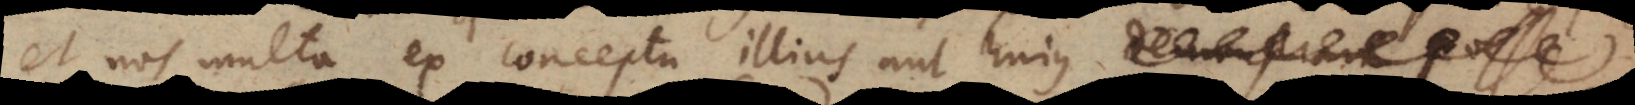
et nos multa ex conceptu illius aut hujus